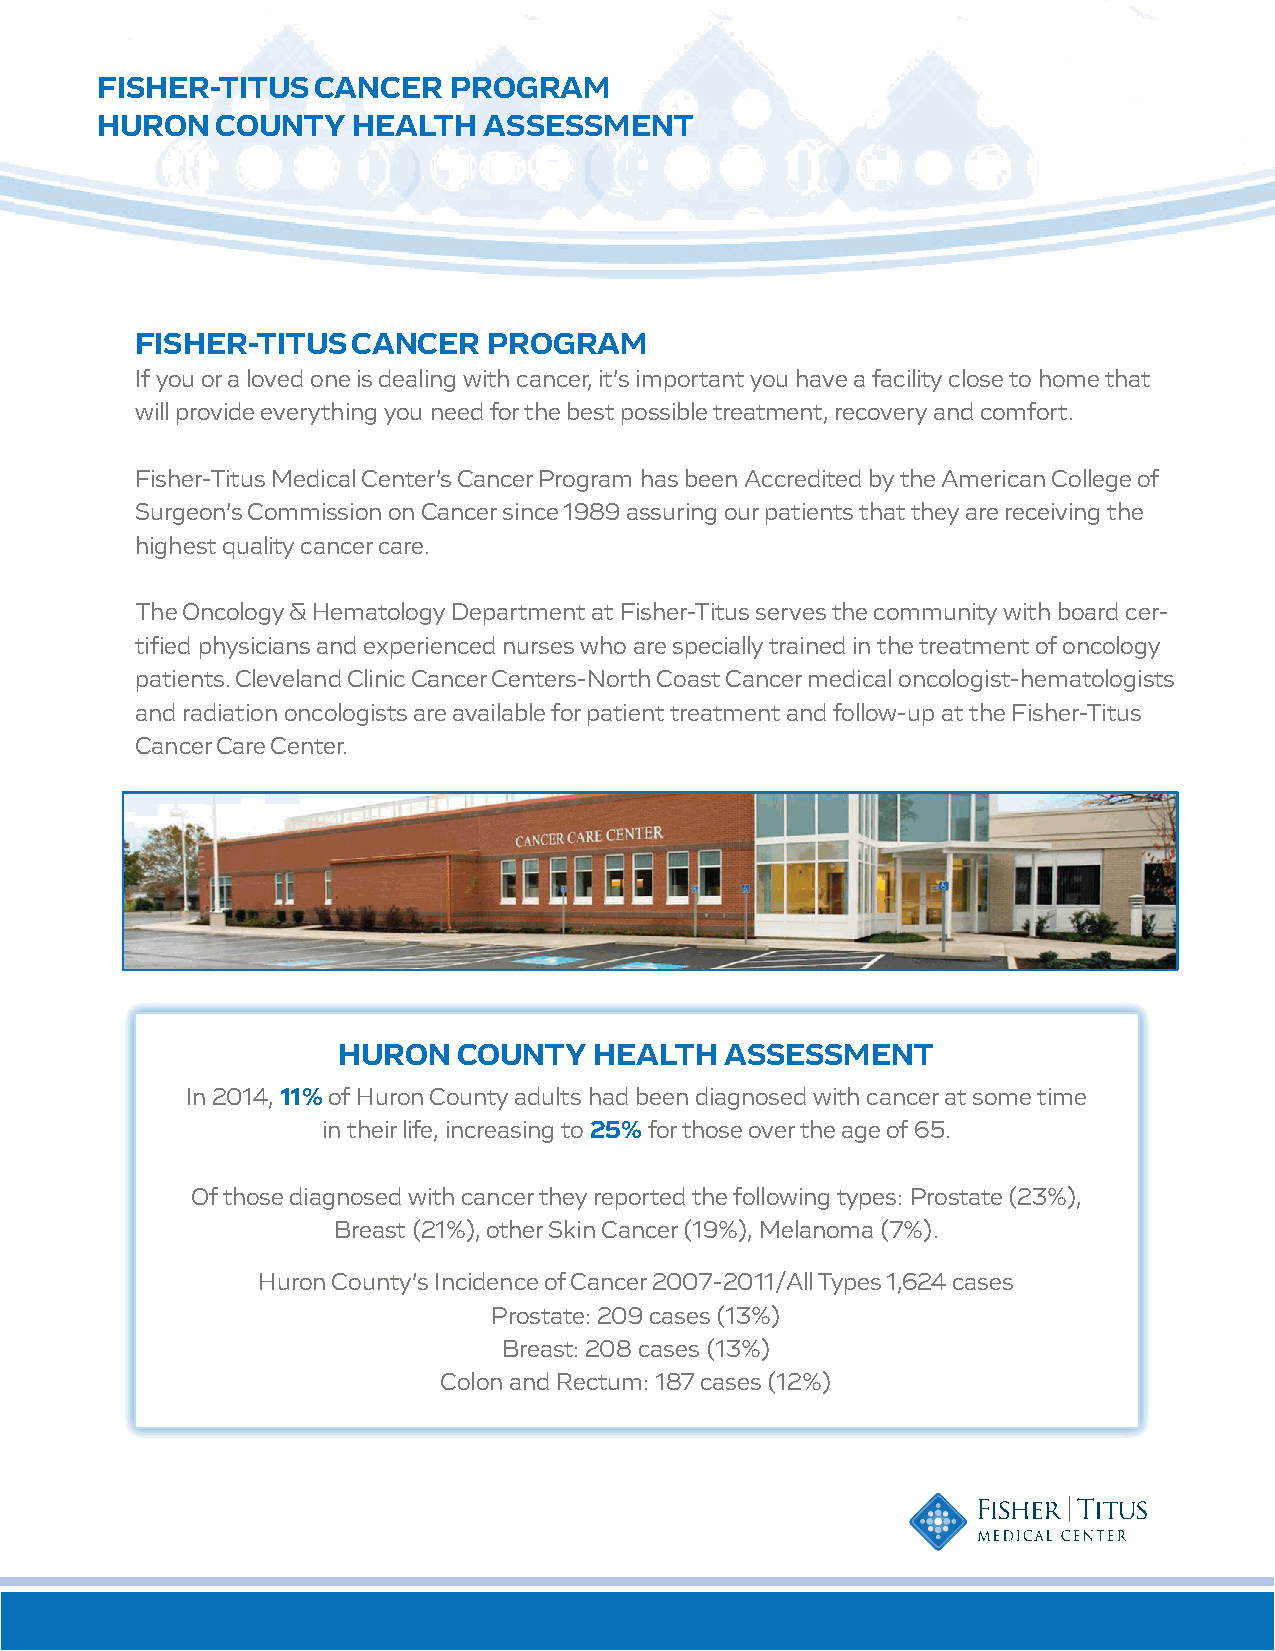
FISHER-TITUS   CANCER   PROGRAM
 HURON   COUNTY   HEALTH   ASSESSMENT
 FISHER-TITUS  CANCER   PROGRAM
 If you or a loved one is dealing with cancer, it’s important you have a facility close to home that
 will provide everything you need for the best possible treatment, recovery and comfort.
 Fisher-Titus Medical Center’s Cancer Program has been Accredited by the American College of
 Surgeon’s Commission on Cancer since 1989 assuring our patients that they are receiving the
 highest quality cancer care.
 The Oncology & Hematology Department at Fisher-Titus serves the community with board cer-
 tified physicians and experienced nurses who are specially trained in the treatment of oncology
 patients. Cleveland Clinic Cancer Centers-North Coast Cancer medical oncologist-hematologists
 and radiation oncologists are available for patient treatment and follow-up at the Fisher-Titus
 Cancer Care Center.
 HURON   COUNTY   HEALTH   ASSESSMENT
 In 2014, 11% of Huron County adults had been diagnosed with cancer at some time
 in their life, increasing to 25% for those over the age of 65.
 Of those diagnosed with cancer they reported the following types: Prostate (23%),
 Breast (21%), other Skin Cancer (19%), Melanoma (7%).
 Huron County’s Incidence of Cancer 2007-2011/All Types 1,624 cases
 Prostate: 209 cases (13%)
 Breast: 208 cases (13%)
 Colon and Rectum: 187 cases (12%)